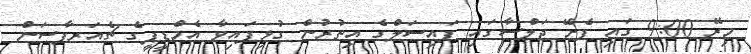
މިރޭ 9:00 ގައި ފެށޭ ޖަލްސާގައި ފައިސަލްގެ އިތުރުން ގުޅިފައިވާ އެމްޑީޕީގެ ޗެއަރޕާސަން